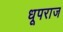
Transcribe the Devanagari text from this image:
धूपराज